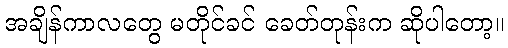
အချိန်ကာလတွေ မတိုင်ခင် ခေတ်တုန်းက ဆိုပါတော့။